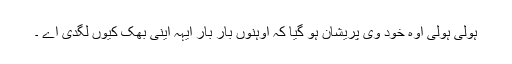
ہولی ہولی اوہ خود وی پریشان ہو گیا کہ اوہنوں بار بار ایہہ اینی بھُک کیوں لگدی اے ۔